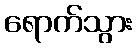
ရောက်သွား